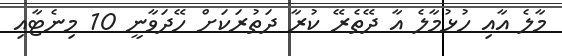
މާލެ އާއި ހުޅުމާލެ އާ ދޭތެރޭ ކުރާ ދަތުރަކަށް ހޭދަވާނީ 10 މިނެޓާއި